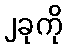
၂ခုကို